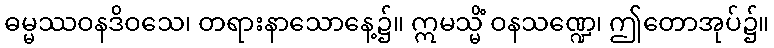
ဓမ္မဿဝနဒိဝသေ၊ တရားနာသောနေ့၌။ ဣမသ္မိံ ဝနသဏ္ဍေ၊ ဤတောအုပ်၌။